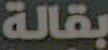
بقالة